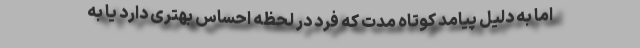
اما به دلیل پیامد کوتاه مدت که فرد در لحظه احساس بهتری دارد یا به